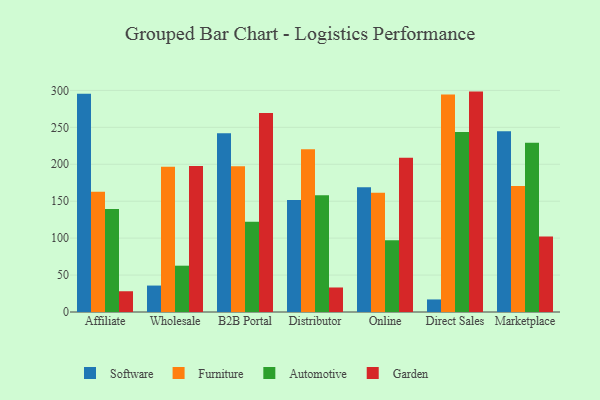
{"axis": {"x": "Channel", "y": "Shipments"}, "legend": ["Automotive", "Furniture", "Garden", "Software"], "data": [{"x": "Affiliate", "y": 295.5, "type": "Software"}, {"x": "Affiliate", "y": 162.9, "type": "Furniture"}, {"x": "Affiliate", "y": 139.6, "type": "Automotive"}, {"x": "Affiliate", "y": 28.1, "type": "Garden"}, {"x": "Wholesale", "y": 35.8, "type": "Software"}, {"x": "Wholesale", "y": 196.7, "type": "Furniture"}, {"x": "Wholesale", "y": 62.7, "type": "Automotive"}, {"x": "Wholesale", "y": 197.7, "type": "Garden"}, {"x": "B2B Portal", "y": 242.0, "type": "Software"}, {"x": "B2B Portal", "y": 197.3, "type": "Furniture"}, {"x": "B2B Portal", "y": 122.3, "type": "Automotive"}, {"x": "B2B Portal", "y": 269.3, "type": "Garden"}, {"x": "Distributor", "y": 151.7, "type": "Software"}, {"x": "Distributor", "y": 220.2, "type": "Furniture"}, {"x": "Distributor", "y": 158.1, "type": "Automotive"}, {"x": "Distributor", "y": 33.2, "type": "Garden"}, {"x": "Online", "y": 169.0, "type": "Software"}, {"x": "Online", "y": 161.4, "type": "Furniture"}, {"x": "Online", "y": 97.1, "type": "Automotive"}, {"x": "Online", "y": 208.7, "type": "Garden"}, {"x": "Direct Sales", "y": 17.0, "type": "Software"}, {"x": "Direct Sales", "y": 294.6, "type": "Furniture"}, {"x": "Direct Sales", "y": 243.8, "type": "Automotive"}, {"x": "Direct Sales", "y": 298.4, "type": "Garden"}, {"x": "Marketplace", "y": 244.8, "type": "Software"}, {"x": "Marketplace", "y": 170.6, "type": "Furniture"}, {"x": "Marketplace", "y": 229.1, "type": "Automotive"}, {"x": "Marketplace", "y": 102.3, "type": "Garden"}]}